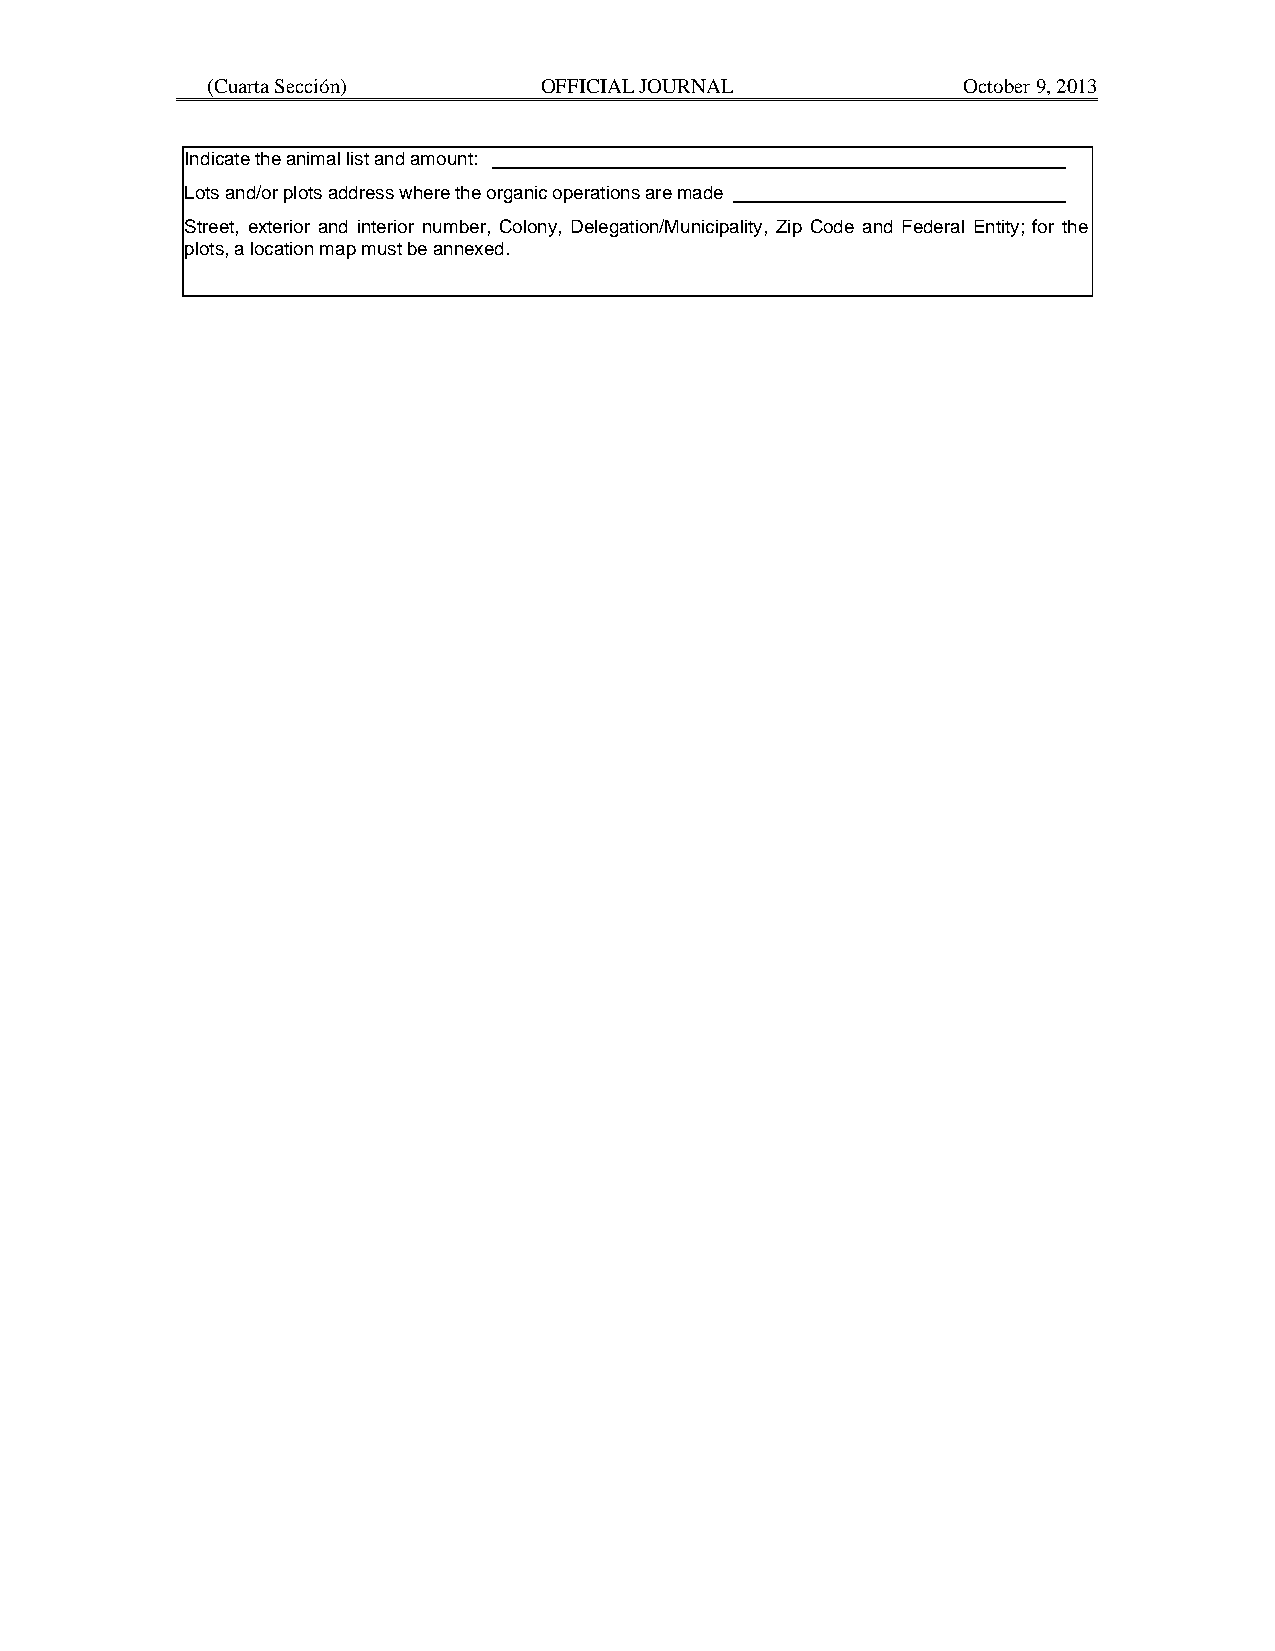
(Cuarta Sección)      OFFICIAL JOURNAL            October 9, 2013
 Indicate the animal list and amount:
 Lots and/or plots address where the organic operations are made
 Street, exterior and interior number, Colony, Delegation/Municipality, Zip Code and Federal Entity; for the
 plots, a location map must be annexed.